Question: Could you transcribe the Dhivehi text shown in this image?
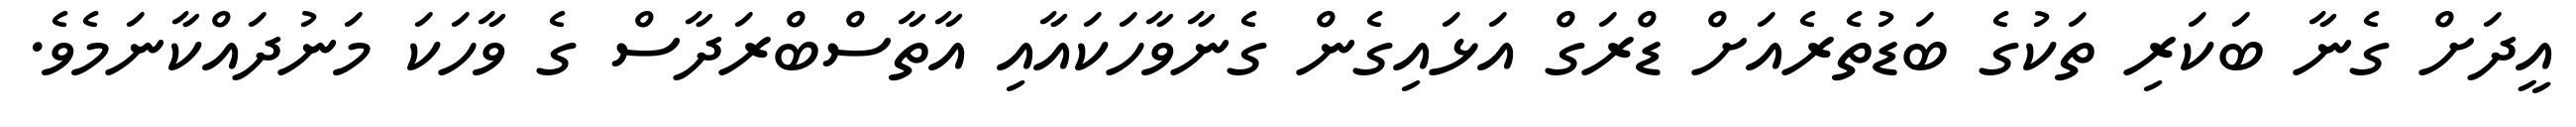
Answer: އީދަށް ގެނާ ބަކަރި ތަކުގެ ބަޑުތެރެއަށް ޑްރަގް އަޅައިގެން ގެނާވާހަކައާއި އާތާސްބްރަދާސް ގެ ވާހަކަ މަނުދައްކާނަމެވެ.